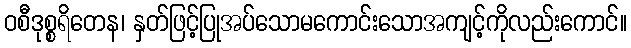
ဝစီဒုစ္စရိတေန၊ နှတ်ဖြင့်ပြုအပ်သောမကောင်းသောအကျင့်ကိုလည်းကောင်။